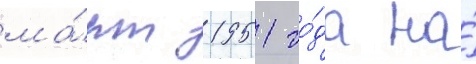
ма́рт 1951 го́да на́